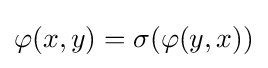
\varphi (x,y)=\sigma (\varphi (y,x))